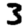
Digit: 3